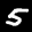
Label: 5